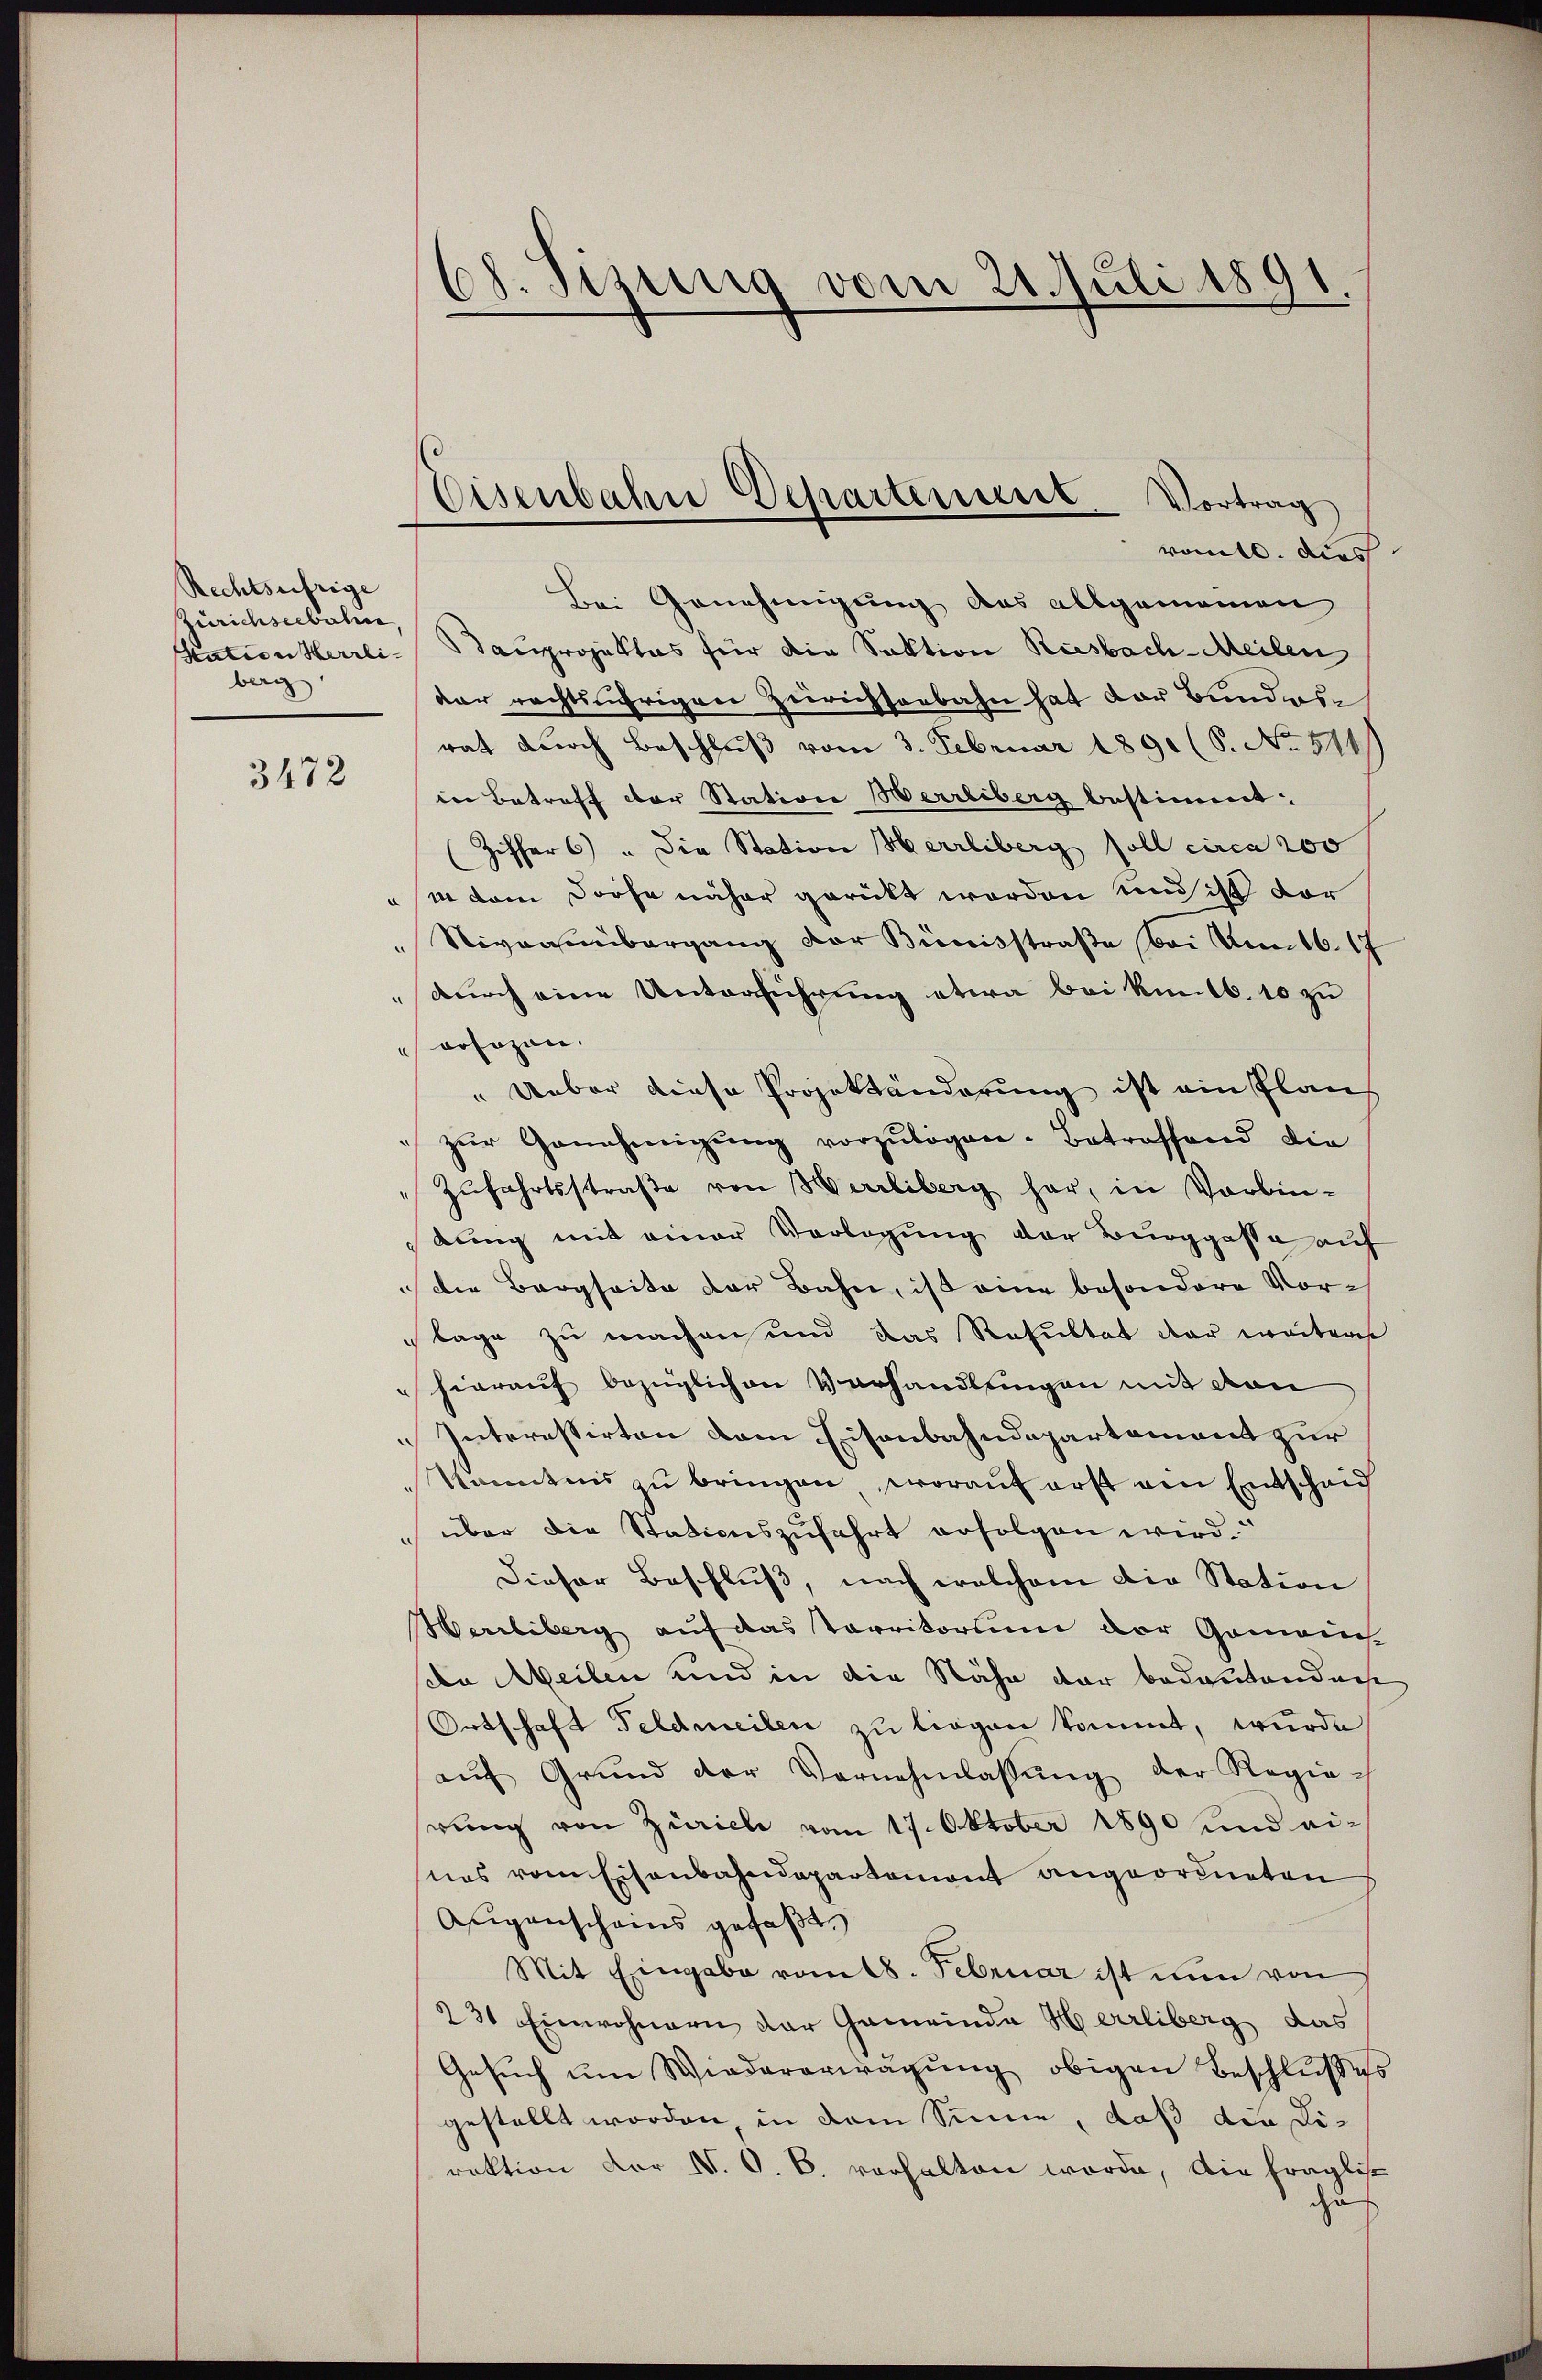
Rechtsufrige
Zürichseebalen,
berg

3472

romtl. dies
Bei Genehmigung des allgemeinen
Station Herrli-Sauprojektes für die Saktion Riesbach-Meilen
dar rechtsjährigen Zürichseebahn hat der Bundesrat durch Beschluß vom 3. Februar 1891 (S. No. 514/
in Betreff der Station Herrliberg bestimmt:
Ziffer 6) " Die Station Herrliberg soll circa 200
" in dem Dorfe näher gerückt worden und sicht der
Niveauübergang der Bimisstraße (bei Montb. 17
durch eine Unterführung etwa bei kintb. 10 zu
vosagen.
" Ueber diese Projektänderung ist ein Plan
 zŭr Genehmigŭng vorzŭbögen. Betroffend die
Zŭfahrtsstraße von Herrliberg har, in Vorbin-
bung mit einer Vorlegung der Burggasse auf
 die Bergheite der Bahn, ist eine besondere Vorlage zu machen und das Resultat der weiteres
 hierauf bezüglichen Verhandlungen mit von
Interessirten dem Eisenbahndepartement zur
kanntnis zu bringen, worauf erst ein Entscheid
 über die Stationszŭfahrt erfolgen wird.
Dieser Beschlŭβ, nach welchem die Station
Werrliberg auf das Verritorium der Gemein
sia Meilen und in die Nähe der bedeutendnis
Ortschaft Feldmeilen zu liegen kommt, wurde
aŭf Grŭnd der Vernehmlassŭng der Regierung von Zürich vom 17. Oktober 1890 und ei-
nas vom Eisenbahndepartemont angeordneten
Aigenscheins gefaßt.
Mit Eingabe vom 18. Februar ist nun von
231 Einwohnern der Gemeinde Herrliberg das
Gesŭch ŭm Wiedererwägŭng obigen Beschlußes
gestellt worden in dem Sinne, daß die Direktion der N. O. B. verhalten worde, die fraglic
cus

ed. Sizung vom 21. Juli 1891.

Eisenbahne Departement. Vortrag